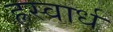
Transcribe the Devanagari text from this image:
ह्रस्वार्ध